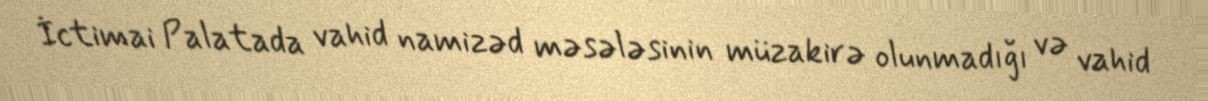
İctimai Palatada vahid namizəd məsələsinin müzakirə olunmadığı və vahid